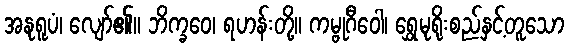
အနုရူပံ၊ လျော်၏။ ဘိက္ခဝေ၊ ရဟန်းတို့။ ကမ္ဗုဂီဝေါ၊ ရွှေမုရိုးစည်နှင့်တူသော